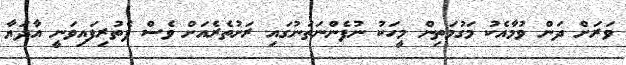
ވަރަށް ދަން ވުމާއެކު މަގުމަތިން މީހަކު ނުފެންނަތަނުގައި ރަށުތެރެއަށް ވެސް ފެތުރިފައިވަނީ އާދަޔާ